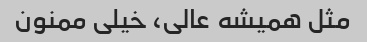
مثل همیشه عالی، خیلی ممنون